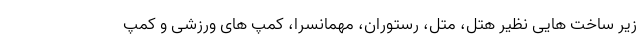
زیر ساخت هایی نظیر هتل، متل، رستوران، مهمانسرا، کمپ های ورزشی و کمپ